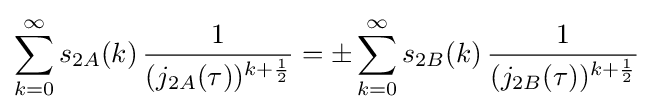
\sum _{k=0}^{\infty }s_{2A}(k)\,{\frac {1}{(j_{2A}(\tau ))^{k+{\frac {1}{2}}}}}=\pm \sum _{k=0}^{\infty }s_{2B}(k)\,{\frac {1}{(j_{2B}(\tau ))^{k+{\frac {1}{2}}}}}